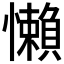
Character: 懶